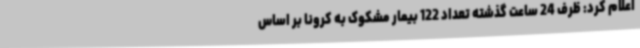
اعلام کرد: ظرف 24 ساعت گذشته تعداد 122 بیمار مشکوک به کرونا بر اساس